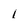
Character: 1